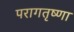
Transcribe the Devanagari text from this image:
परागतृष्णा